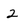
Character: 2